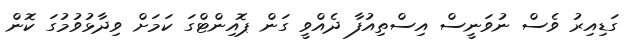
ގަޑިއިރު ވެސް ނުވަނީސް އިސްތިއުފާ ދެއްވީ ގަން ޕޮއިންޓްގަ ކަމަށް ވިދާޅުވުމުގަ ކޮން